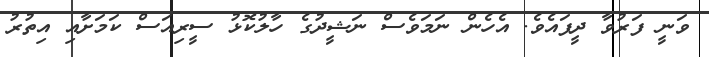
ވަނީ ފަރުވާ ދީފައެވެ. އެހެން ނަމަވެސް ނަޝީދުގެ ހާލުކޮޅު ސީރިއަސް ކަމަށާއި އިތުރު